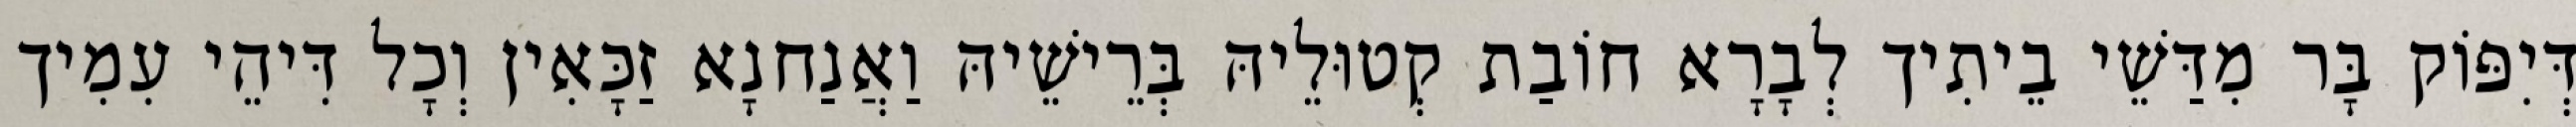
דְּיִפּוֹק בָּר מִדַּשֵׁי בֵיתִיך לְבָרָא חוֹבַת קְטוּלֵיהּ בְּרֵישֵׁיהּ וַאֲנַחנָא זַכָּאִין וְכָל דִּיהֵי עִמִיך